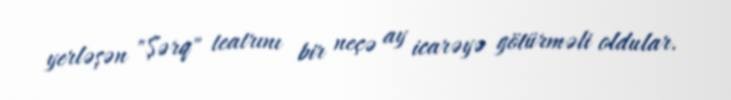
yerləşən "Şərq" teatrını bir neçə ay icarəyə götürməli oldular.